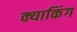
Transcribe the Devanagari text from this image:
क्याकिंग